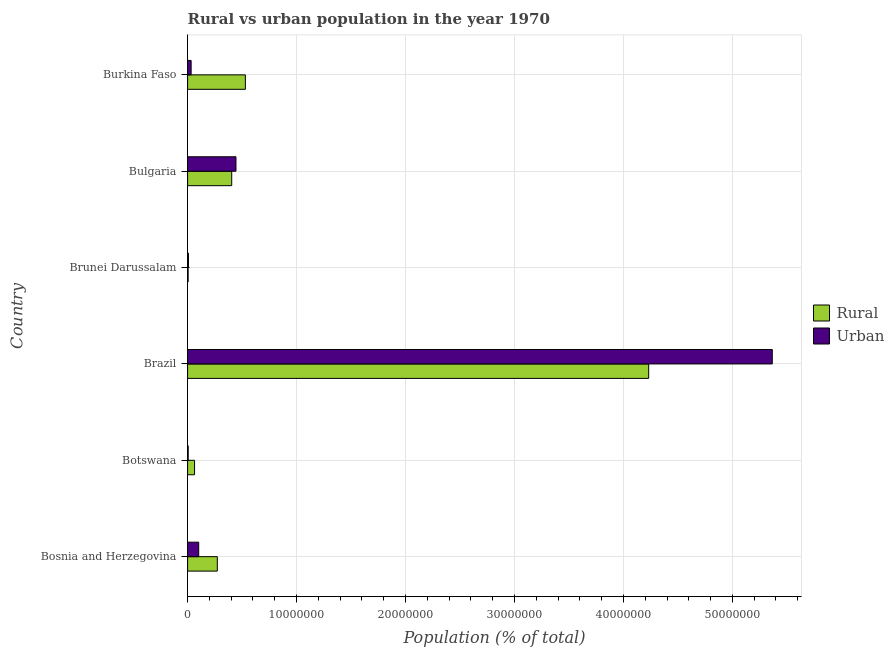
| Country | Rural | Urban |
 | --- | --- | --- |
 | Bosnia and Herzegovina | 2.73e+06 | 1.02e+06 |
 | Botswana | 6.39e+05 | 5.43e+04 |
 | Brazil | 4.23e+07 | 5.37e+07 |
 | Brunei Darussalam | 4.97e+04 | 8e+04 |
 | Bulgaria | 4.05e+06 | 4.44e+06 |
 | Burkina Faso | 5.3e+06 | 3.23e+05 |